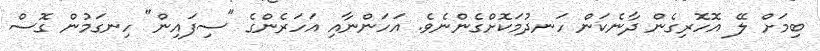
ބިމަށް ލޭ އޮހޮރިގެން ދާނެކަން ހަނދުމަކޮށްގެންނެވެ. އަހަންނާއި އަހަރެންގެ "ސިފައިން" ހިނގަމުން ގޮސް